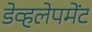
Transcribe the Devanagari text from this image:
डेव्हलेपमेंट